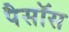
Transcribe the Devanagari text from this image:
पैसॉस